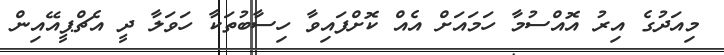
މިއަދުގެ އިރު އޮއްސުމާ ހަމައަށް އެއް ކޮށްފައިވާ ހިސާބުތަކާ ހަވަލާ ދީ އެޗްޕީއޭއިން